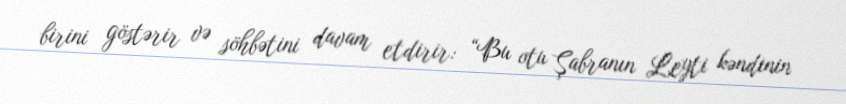
birini göstərir və söhbətini davam etdirir: “Bu otu Şabranın Leyti kəndinin